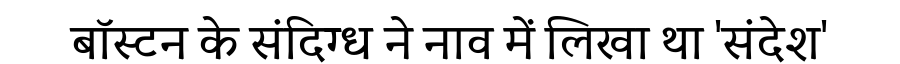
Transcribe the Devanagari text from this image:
बॉस्टन के संदिग्ध ने नाव में लिखा था 'संदेश'